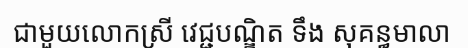
ជាមួយលោកស្រី វេជ្ជបណ្ឌិត ទឹង សុគន្ធមាលា